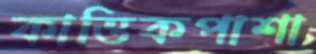
কাত্তিকপাশা